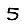
Digit: 5